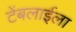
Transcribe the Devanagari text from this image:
टेंबलाईला